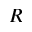
R